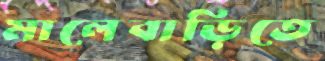
মালেবাড়িতে